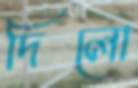
দিলো